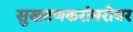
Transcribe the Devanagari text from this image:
सुखटणकरांबरोबर